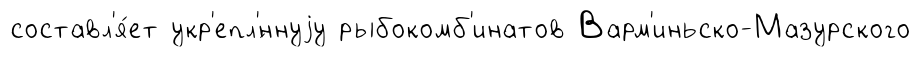
составл'я́ет укр'епл'́ннуjу рыбокомб'инатов Варм'иньско-Мазурского